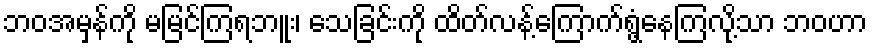
ဘဝအမှန်ကို မမြင်ကြရဘူး၊ သေခြင်းကို ထိတ်လန့်ကြောက်ရွံ့နေကြလို့သာ ဘဝဟာ